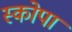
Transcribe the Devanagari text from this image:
स्कोपा